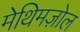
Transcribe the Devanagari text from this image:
मेथिमज़ोल